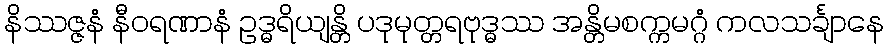
နိဿဇ္ဇနံ နီဝရဏာနံ ဥဒ္ဓရိယျန္တိ ပဒုမုတ္တရဗုဒ္ဓဿ အန္တိမစက္ကမဂ္ဂံ ကလသင်္ချာနေ